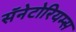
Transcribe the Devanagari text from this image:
सॅनेटोरियम्स